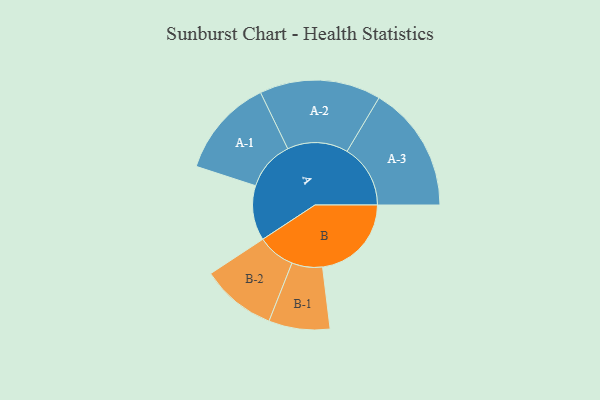
{"axis": {"x": "Segment", "y": "Value"}, "legend": ["", "A", "B"], "data": [{"x": "A", "y": 228, "type": ""}, {"x": "B", "y": 369, "type": ""}, {"x": "A-1", "y": 205, "type": "A"}, {"x": "A-2", "y": 252, "type": "A"}, {"x": "A-3", "y": 263, "type": "A"}, {"x": "B-1", "y": 127, "type": "B"}, {"x": "B-2", "y": 156, "type": "B"}]}